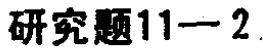
研究题11—2